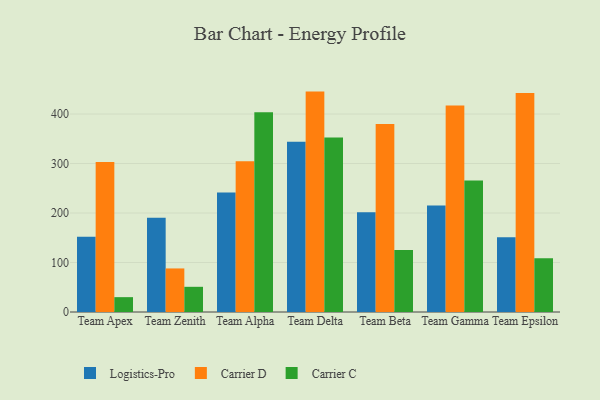
{"axis": {"x": "Team", "y": "Energy Usage (MWh)"}, "legend": ["Carrier C", "Carrier D", "Logistics-Pro"], "data": [{"x": "Team Apex", "y": 152.0, "type": "Logistics-Pro"}, {"x": "Team Apex", "y": 303.0, "type": "Carrier D"}, {"x": "Team Apex", "y": 30.0, "type": "Carrier C"}, {"x": "Team Zenith", "y": 190.6, "type": "Logistics-Pro"}, {"x": "Team Zenith", "y": 88.0, "type": "Carrier D"}, {"x": "Team Zenith", "y": 50.9, "type": "Carrier C"}, {"x": "Team Alpha", "y": 241.3, "type": "Logistics-Pro"}, {"x": "Team Alpha", "y": 304.5, "type": "Carrier D"}, {"x": "Team Alpha", "y": 403.7, "type": "Carrier C"}, {"x": "Team Delta", "y": 344.0, "type": "Logistics-Pro"}, {"x": "Team Delta", "y": 445.3, "type": "Carrier D"}, {"x": "Team Delta", "y": 352.5, "type": "Carrier C"}, {"x": "Team Beta", "y": 201.3, "type": "Logistics-Pro"}, {"x": "Team Beta", "y": 379.9, "type": "Carrier D"}, {"x": "Team Beta", "y": 125.5, "type": "Carrier C"}, {"x": "Team Gamma", "y": 215.3, "type": "Logistics-Pro"}, {"x": "Team Gamma", "y": 417.1, "type": "Carrier D"}, {"x": "Team Gamma", "y": 265.6, "type": "Carrier C"}, {"x": "Team Epsilon", "y": 150.9, "type": "Logistics-Pro"}, {"x": "Team Epsilon", "y": 442.7, "type": "Carrier D"}, {"x": "Team Epsilon", "y": 108.5, "type": "Carrier C"}]}